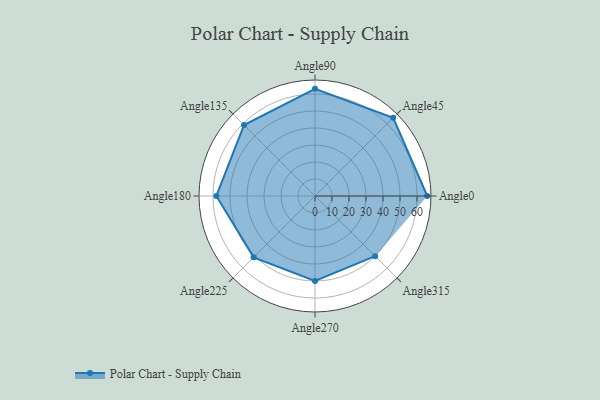
{"axis": {"x": "Angle", "y": "Radius"}, "legend": [""], "data": [{"x": "Angle0", "y": 66.0, "type": ""}, {"x": "Angle45", "y": 65.0, "type": ""}, {"x": "Angle90", "y": 63.0, "type": ""}, {"x": "Angle135", "y": 59.0, "type": ""}, {"x": "Angle180", "y": 58.0, "type": ""}, {"x": "Angle225", "y": 51.0, "type": ""}, {"x": "Angle270", "y": 50, "type": ""}, {"x": "Angle315", "y": 50, "type": ""}]}